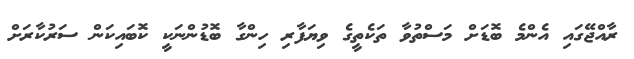
ރާއްޖޭގައި އެންމެ ބޮޑަށް މަސްތުވާ ތަކެތީގެ ވިޔަފާރި ހިންގާ ބޮޑުންނަކީ ކޮބައިކަން ސަރުކާރަށް